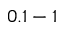
0 . 1 - 1